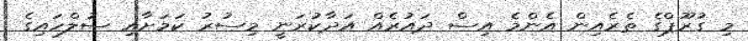
މި ގުރޫޕްގެ ތެރެއިން އެންމެ އިސް ދައުރެއް އަދާކުރަނީ މިސުރު ކަމަށާއި ސުލްހައިގެ